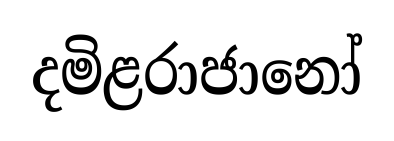
දමිළරාජානෝ